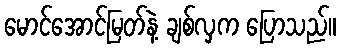
မောင်အောင်မြတ်နဲ့ ချစ်လှက ပြောသည်။